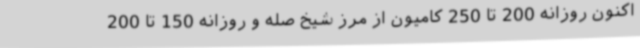
اکنون روزانه 200 تا 250 کامیون از مرز شیخ صله و روزانه 150 تا 200